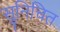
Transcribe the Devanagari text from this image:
सुनिचित